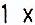
1 X